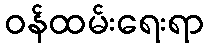
ဝန်ထမ်းရေးရာ